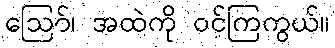
ဪ၊ အထဲကို ဝင်ကြကွယ်။